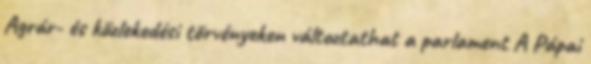
Agrár- és közlekedési törvényeken változtathat a parlament A Pápai